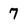
Character: 7